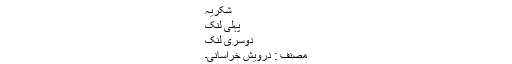
شکریہ
پہلی لنک
دوسری لنک
مصنف : درویش خراسانی۔